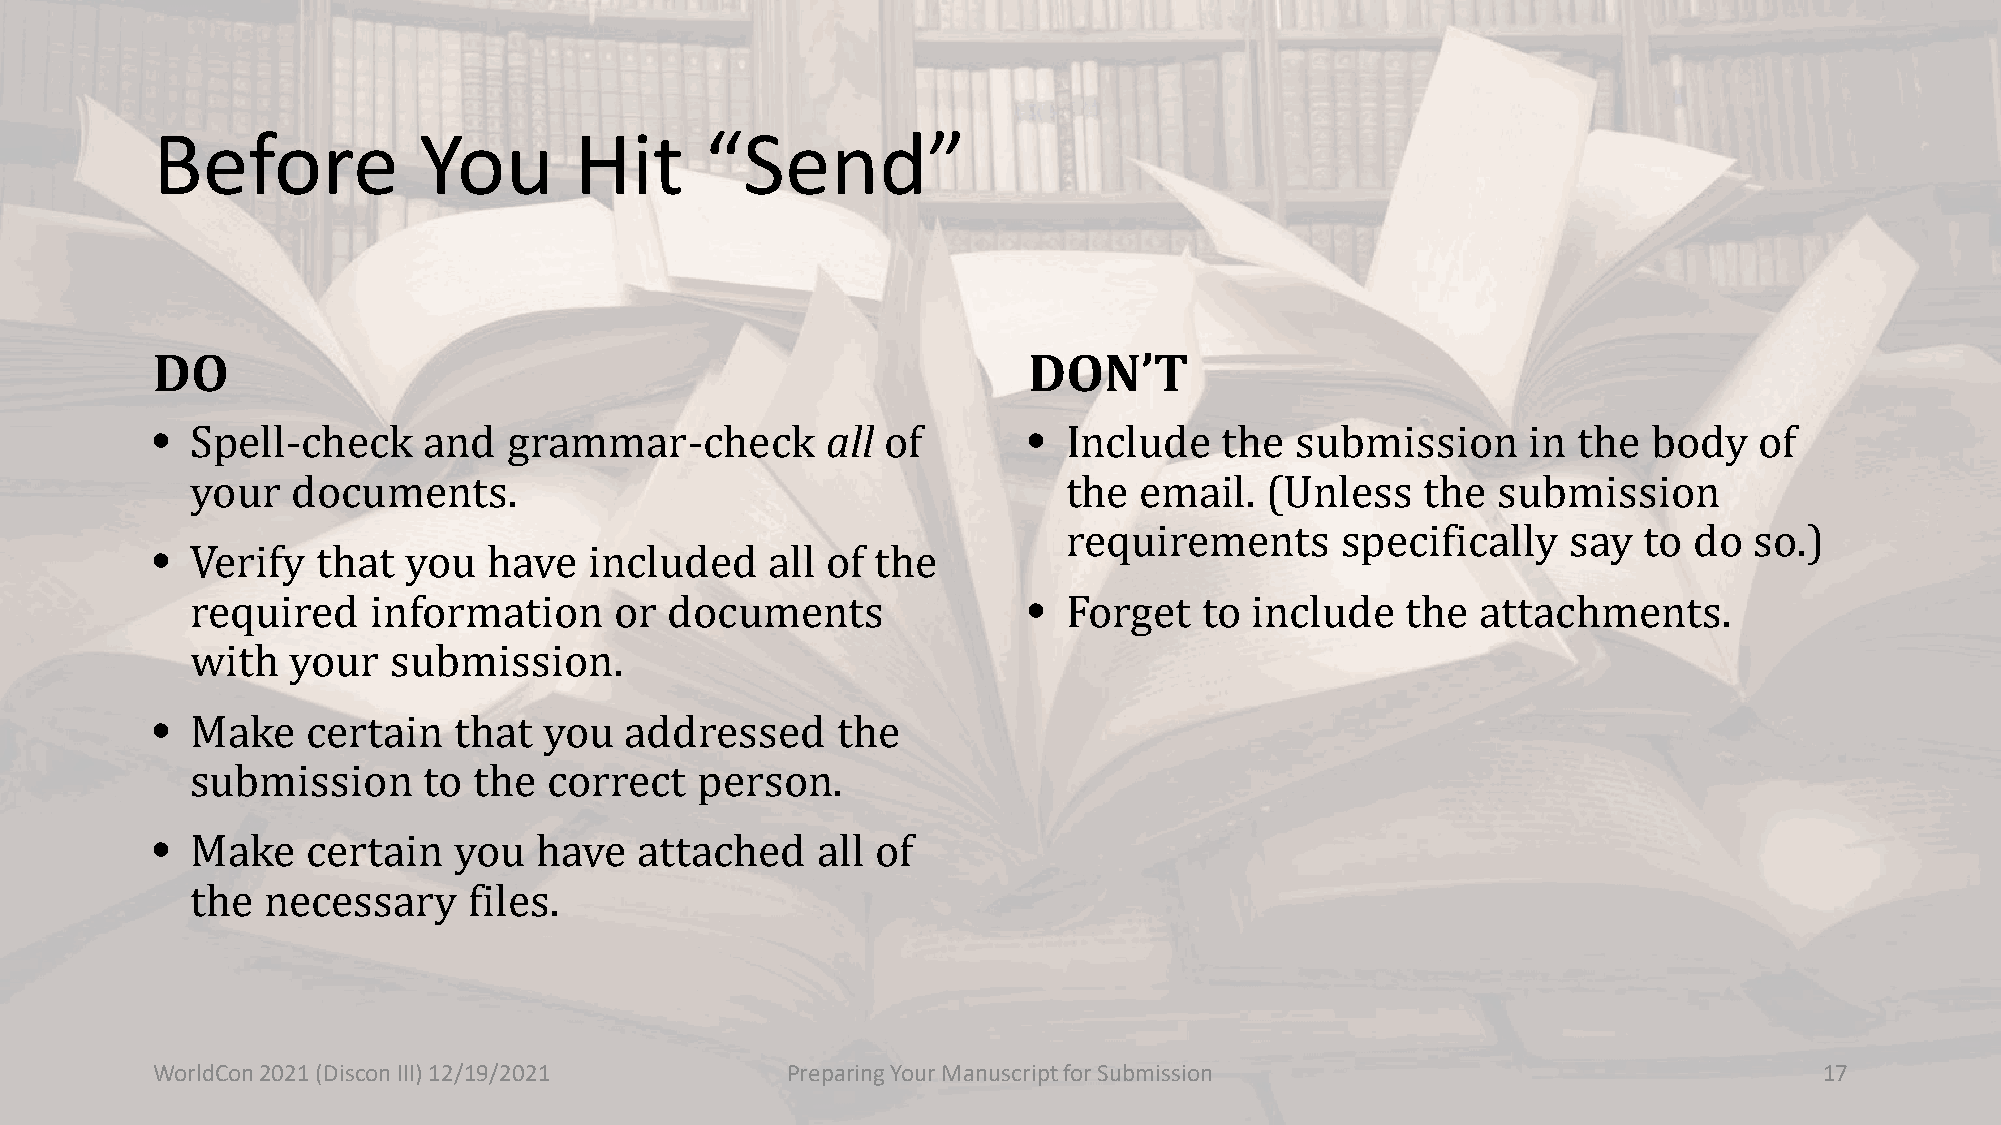
Before            You       Hit      “Send”
 DO                                                        DON’T
 •                                            all          •
 Spell-check    and   grammar-check            of          Include   the  submission     in the  body   of
 •
 your  documents.                                          the email.   (Unless   the  submission
 •
 requirements      specifically   say  to do  so.)
 Verify  that  you  have   included    all of the
 required    information     or documents                  Forget   to include   the  attachments.
 •
 with  your   submission.
 Make   certain   that  you  addressed     the
 •
 submission     to the  correct   person.
 Make   certain   you  have   attached    all of
 the necessary     files.
 WorldCon 2021 (Discon III) 12/19/2021     Preparing Your Manuscript for Submission                             17